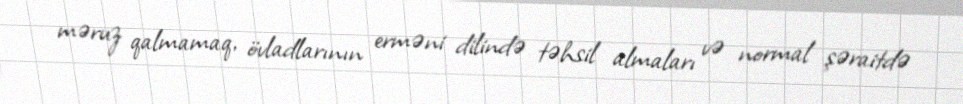
məruz qalmamaq, övladlarının erməni dilində təhsil almaları və normal şəraitdə